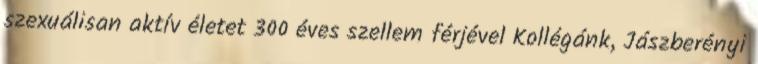
szexuálisan aktív életet 300 éves szellem férjével Kollégánk, Jászberényi